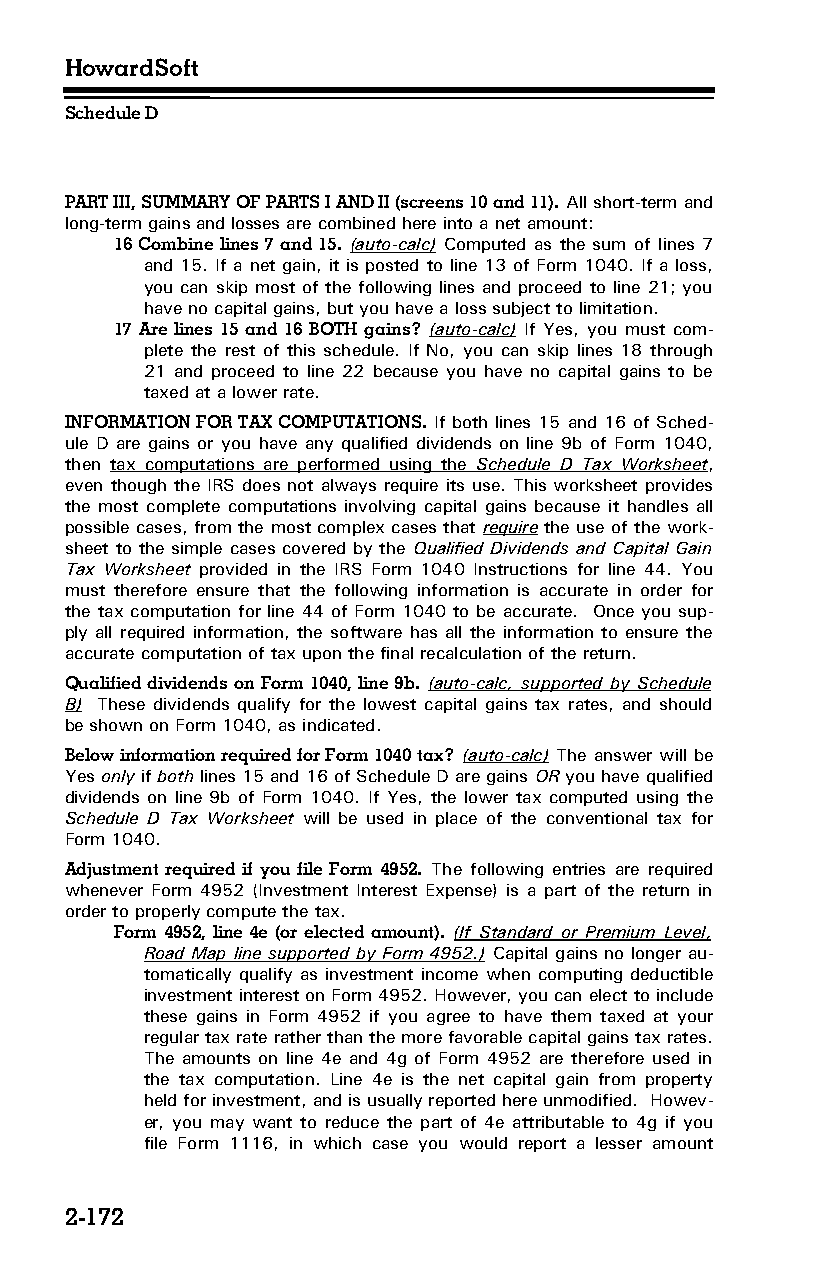
HowardSoft
 Schedule D
 PART III, SUMMARY OF PARTS I AND II (screens 10 and 11). All short-term and
 long-term gains and losses are combined here into a net amount:
 16 Combine lines 7 and 15. (auto-calc) Computed as the sum of lines 7
 and 15. If a net gain, it is posted to line 13 of Form 1040. If a loss,
 you can skip most of the following lines and proceed to line 21; you
 have no capital gains, but you have a loss subject to limitation.
 17 Are lines 15 and 16 BOTH gains? (auto-calc) If Yes, you must com­
 plete the rest of this schedule. If No, you can skip lines 18 through
 21 and proceed to line 22 because you have no capital gains to be
 taxed at a lower rate.
 INFORMATION FOR TAX COMPUTATIONS. If both lines 15 and 16 of Sched­
 ule D are gains or you have any qualified dividends on line 9b of Form 1040,
 then tax computations are performed using the Schedule D Tax Worksheet,
 even though the IRS does not always require its use. This worksheet provides
 the most complete computations involving capital gains because it handles all
 possible cases, from the most complex cases that require the use of the work­
 sheet to the simple cases covered by the Qualified Dividends and Capital Gain
 Tax Worksheet provided in the IRS Form 1040 Instructions for line 44. You
 must therefore ensure that the following information is accurate in order for
 the tax computation for line 44 of Form 1040 to be accurate. Once you sup­
 ply all required information, the software has all the information to ensure the
 accurate computation of tax upon the final recalculation of the return.
 Qualified dividends on Form 1040, line 9b. (auto-calc, supported by Schedule
 B) These dividends qualify for the lowest capital gains tax rates, and should
 be shown on Form 1040, as indicated.
 Below information required for Form 1040 tax? (auto-calc) The answer will be
 Yes only if both lines 15 and 16 of Schedule D are gains OR you have qualified
 dividends on line 9b of Form 1040. If Yes, the lower tax computed using the
 Schedule D Tax Worksheet will be used in place of the conventional tax for
 Form 1040.
 Adjustment required if you file Form 4952. The following entries are required
 whenever Form 4952 (Investment Interest Expense) is a part of the return in
 order to properly compute the tax.
 Form 4952, line 4e (or elected amount). (If Standard or Premium Level,
 Road Map line supported by Form 4952.) Capital gains no longer au­
 tomatically qualify as investment income when computing deductible
 investment interest on Form 4952. However, you can elect to include
 these gains in Form 4952 if you agree to have them taxed at your
 regular tax rate rather than the more favorable capital gains tax rates.
 The amounts on line 4e and 4g of Form 4952 are therefore used in
 the tax computation. Line 4e is the net capital gain from property
 held for investment, and is usually reported here unmodified. Howev­
 er, you may want to reduce the part of 4e attributable to 4g if you
 file Form 1116, in which case you would report a lesser amount
 2-172